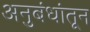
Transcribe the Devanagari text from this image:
अनुबंधांतून